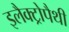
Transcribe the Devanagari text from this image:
इलैक्ट्रोपैथी